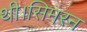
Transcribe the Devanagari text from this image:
थी।सिमरन